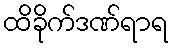
ထိခိုက်ဒဏ်ရာရ